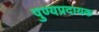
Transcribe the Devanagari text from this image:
पुण्यप्रदायक